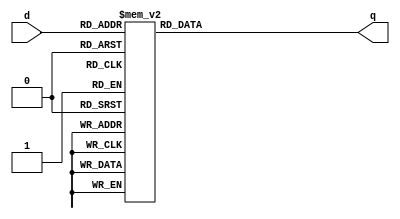
module _3_to_8_decoder(d,q); // this module is 3 to 8 decorder module
input [2:0] d; // define 3 bits input d
output reg [7:0] q; // define 8 bits output q and 8 bits reg q

always @ (d) // Calculate the next state through the case statement
begin // begin - end means { }
	case(d) 
	3'b000 : q = 8'b0000_0001;
	3'b001 : q = 8'b0000_0010;
	3'b010 : q = 8'b0000_0100;
	3'b011 : q = 8'b0000_1000;
	3'b100 : q = 8'b0001_0000;
	3'b101 : q = 8'b0010_0000;
	3'b110 : q = 8'b0100_0000;
	3'b111 : q = 8'b1000_0000;
	default : q = 8'hx; // To prevent the problem of latch
	endcase // end of case
end
endmodule // end of module